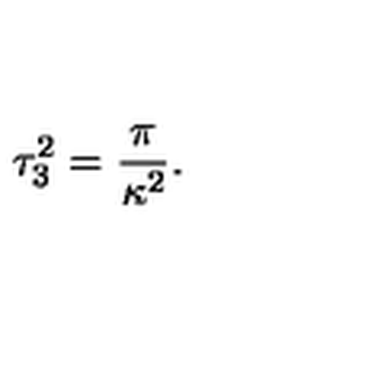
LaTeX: \tau _ { 3 } ^ { 2 } = { \frac { \pi } { \kappa ^ { 2 } } } .